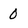
Character: 0